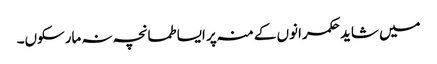
میں شاید حکمرانوں کے منہ پر ایسا طمانچہ نہ مارسکوں۔